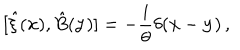
LaTeX: [ { \hat { \xi } } ( { \bf x } ) , { \hat { B } } ( { \bf y } ) ] = - { \frac { i } { \theta } } \delta ( { \bf x } - { \bf y } ) \, ,